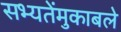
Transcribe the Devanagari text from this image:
सभ्यतेंमुकाबले